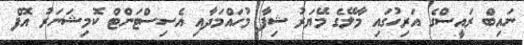
ނައިބް ރައީސްގެ އަރިހުގައި މާލޭގެ މޭޔަރު ޝިފާ މުހައްމަދާއި އެސިސްޓަންޓް ކޮމިޝަނަރު އޮފް